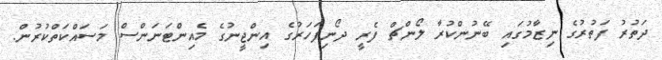
ދަތުރު ފަތުރުގެ ނިޒާމުގައި ބޭނުންކުރާ ލޯންޗް ފެރީ ދޯނިފަހަރުގެ އިންޖީނުގެ މެއިންޓަނަންސް މަސައްކަތްކުރުން.